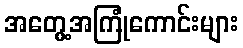
အတွေ့အကြုံကောင်းများ